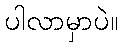
ပါလာမှာပဲ။